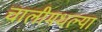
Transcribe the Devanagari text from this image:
चालीमधल्या